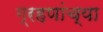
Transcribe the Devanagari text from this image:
ग्रहणांच्या